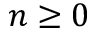
n \ge 0